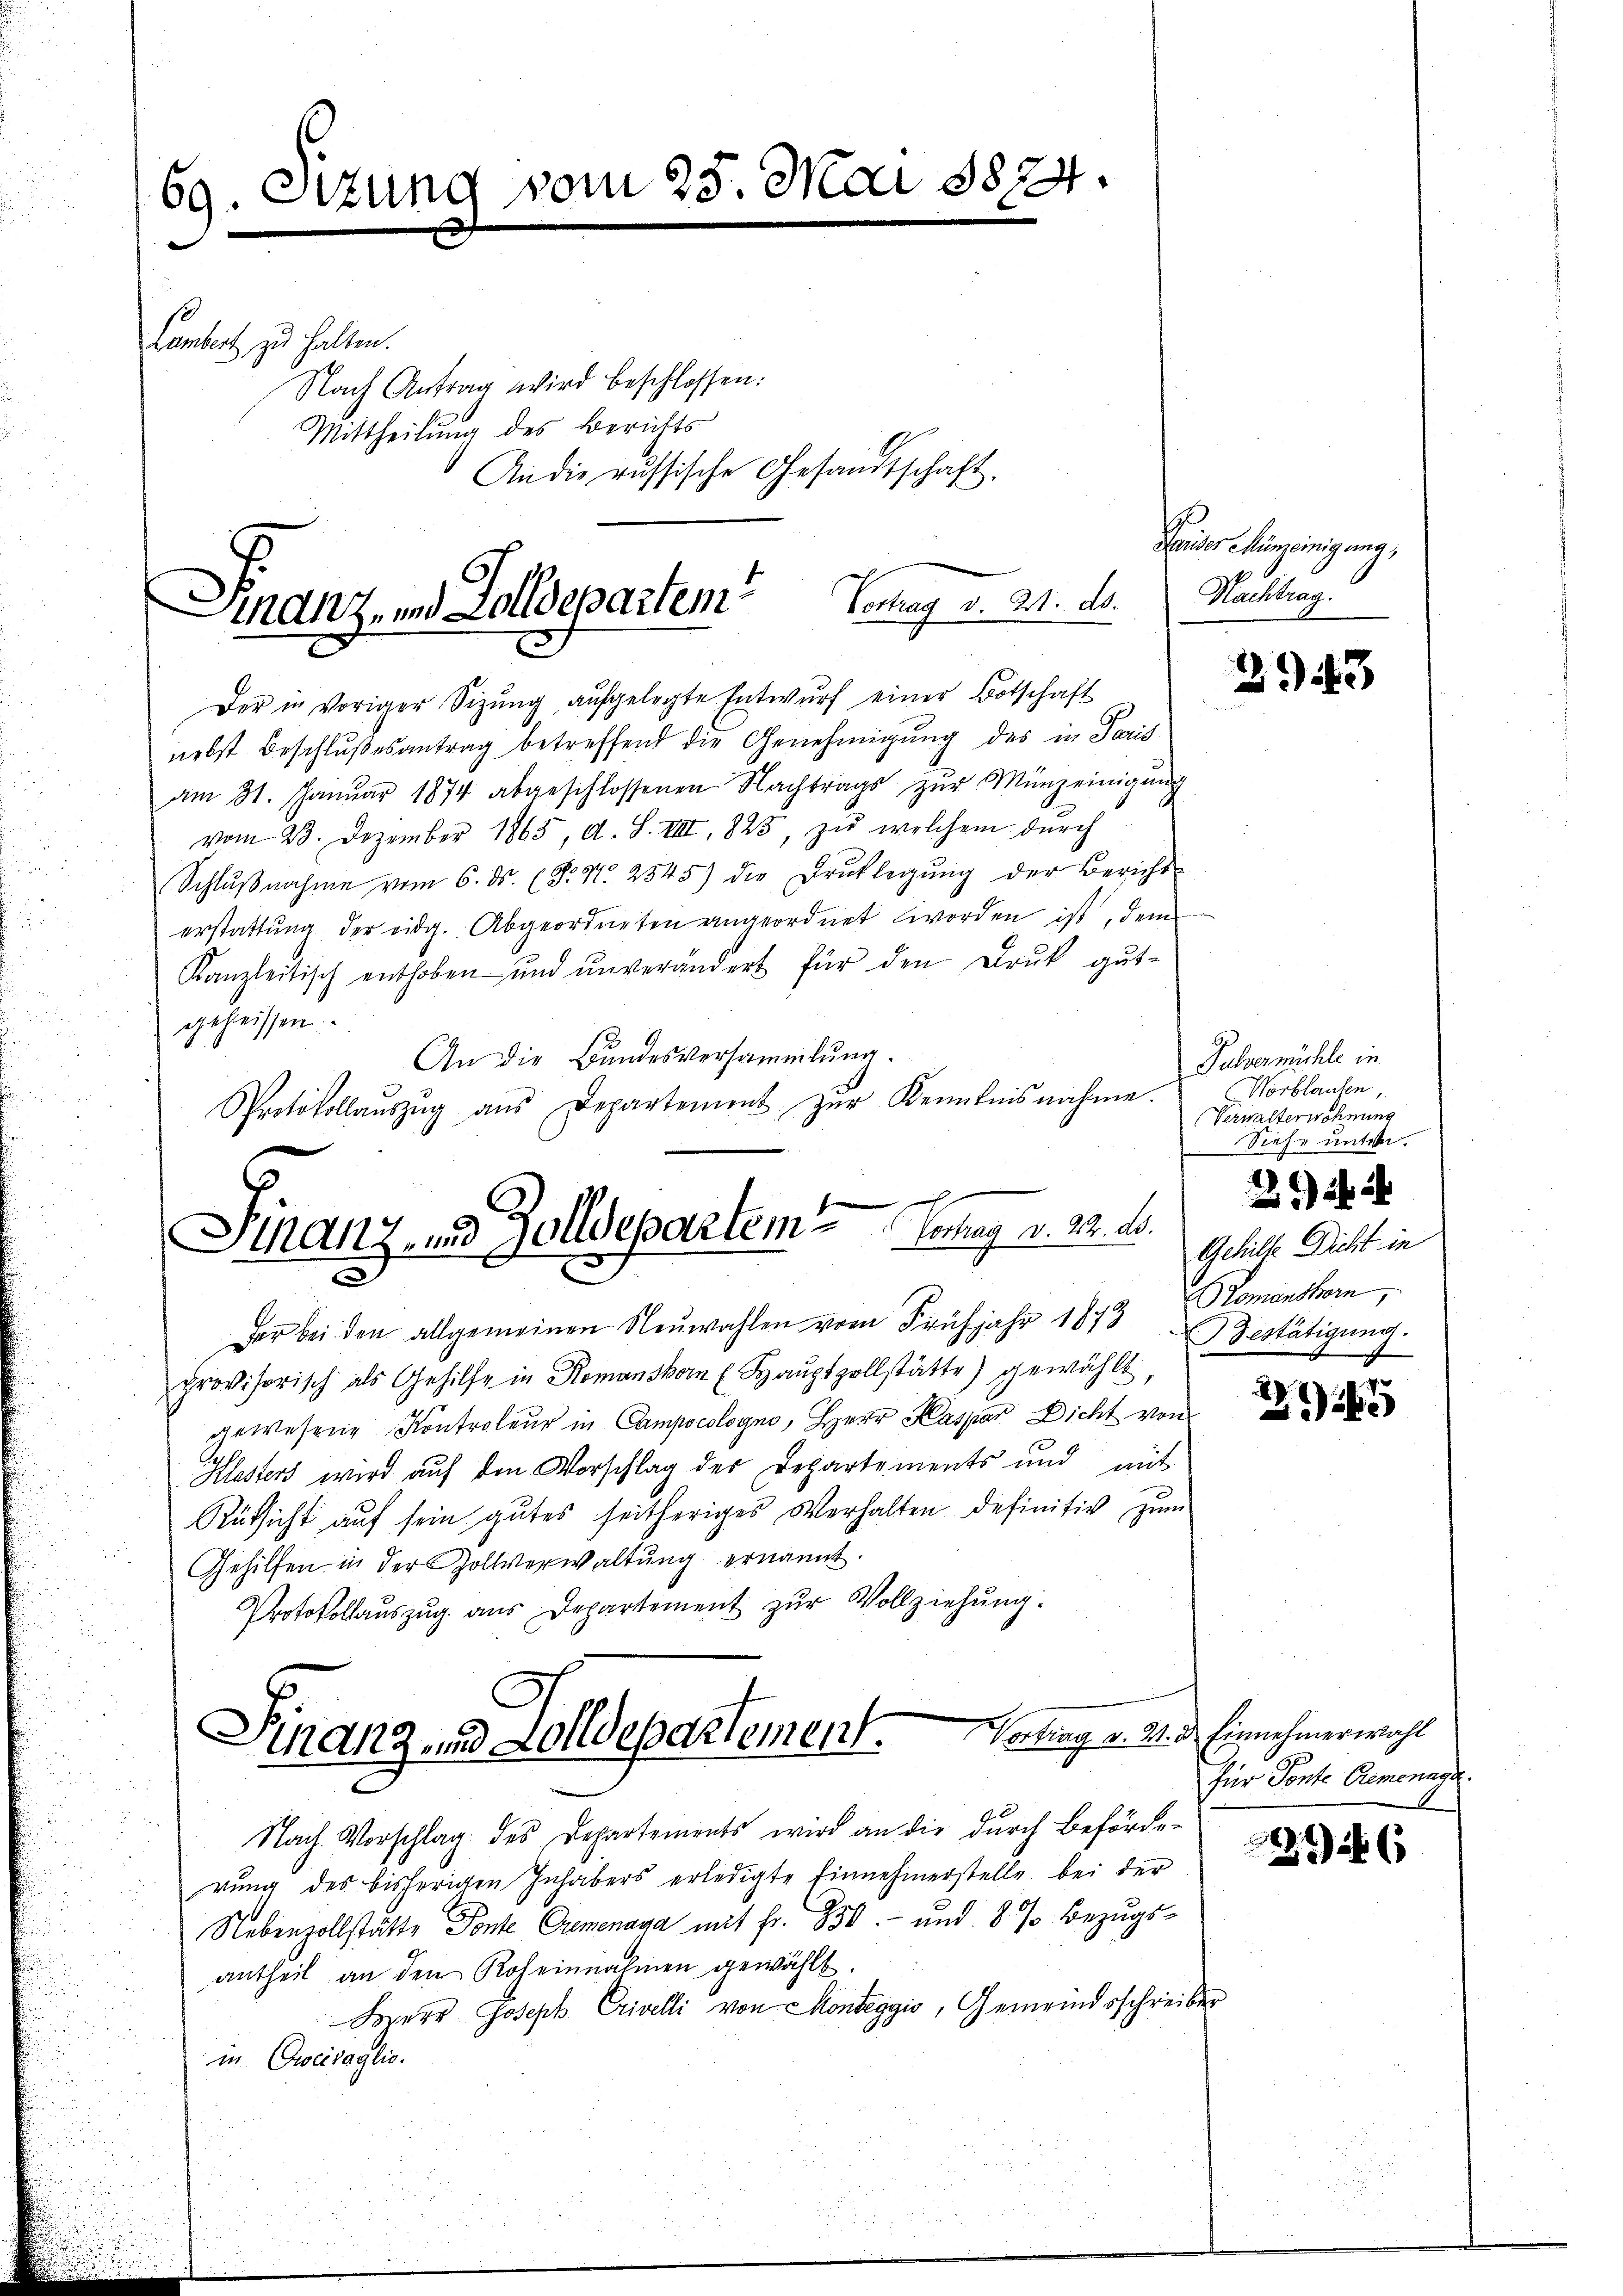
69. Sitzung vom 23. Mai 1874.

Lambert zu halten.
Nach Antrag wird beschlossen:
Mittheilung des Berichts
An die russische Gesandtschaft.

Der in voriger Sizŭng aŭfgelegte Entwŭrf einer Botschaft
nebst Beschlußes antrag betreffend die Genehmigung des in Paris
am 31. Janŭar 1874 abgeschlossenen Nachtrags zŭr Münz einigŭng
vom 23. Dezember 1863, d. S. VIII, 823, zŭ welchem dŭrch
Schlŭβnahme vom 6. ds. (S. Nr. 2545) die Drŭcklegŭng der Bericht
erstattung der eidg. Abgeordneten angeordnet worden ist, dem
Kanzleitisch enthoben und unverändert für den Druck gut-
geheissen.
An die Bundesversammlung.
Protokollaŭszŭg aŭs Departement zŭr Kenntnisnahme.
x
Stanz, und Zolldepartem Vortrag v. 22. ds.
der bei den allgemeinen Neuwahlen vom Frühjahr 1843 Komanshorn,
provisorisch als Gehilfe in Romanskorn (Haŭptzollstätte) gewählt,
gewesene Kontroleur in Campocologno, Herr Kaspar Dicht von
Klesters wird auf den Vorschlag der Departements und mit
Rüksicht auf sein gutes seitheriges Verhalten definitiv zum
Gehilfen in der Zollverwaltung ernannt.
Protokollauszug aus Departement zŭr Vollziehung.

Finanz- und Zolldepartem Vortrag v. 21. ds.

Finanz und Zolldepartement. Vortrag v. 21.

Pariser Münzeinigung,
Nachtrag.

Nach Vorschlag des Departements wird an die durch Behörde-
rung des bisherigen Inhabers erledigte Einnehmerstelle bei der
Nebenzollstätte Ponte Gremenaga mit Fr. 850.- und 8 % Bezugsantheil an den Roheinnahmen gewählt.
Herr Joseph Crivelli von Monteggis, Gemeindsschreiber
in Erweitaglio.

3943

Pulvermühle in
Norblaufen,
Verwalterwohnung
Siehe untern.
Gehille Dicht in
Bestätigung.
x

22

2

d Einnehmerwahl
für Ponte Remonard.

26